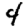
Digit: 4